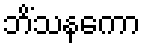
ဘိံသနကော